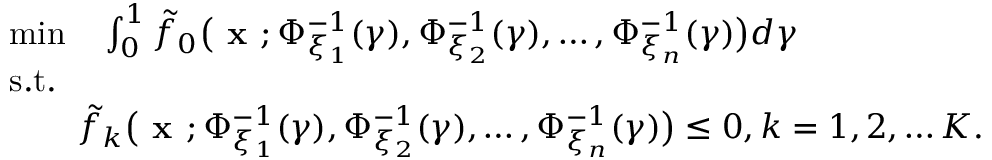
\begin{array} { r l } & { \operatorname* { m i n } \quad \int _ { 0 } ^ { 1 } \tilde { f } _ { 0 } { \big ( \textbf { x } ; \Phi _ { \xi _ { 1 } } ^ { - 1 } ( \gamma ) , \Phi _ { \xi _ { 2 } } ^ { - 1 } ( \gamma ) , \ldots , \Phi _ { \xi _ { n } } ^ { - 1 } ( \gamma ) \big ) } d \gamma } \\ & { \mathrm { s . t . } } \\ & { \qquad \tilde { f } _ { k } { \big ( \textbf { x } ; \Phi _ { \xi _ { 1 } } ^ { - 1 } ( \gamma ) , \Phi _ { \xi _ { 2 } } ^ { - 1 } ( \gamma ) , \ldots , \Phi _ { \xi _ { n } } ^ { - 1 } ( \gamma ) \big ) } \leq 0 , k = 1 , 2 , \ldots K . } \end{array}